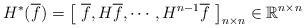
LaTeX: \begin{align*} H^{*}(\overline{f})=\left[ \ \overline{f}, H\overline{f}, \cdots, H^{n-1}\overline{f} \ \right]_{n \times n} \in \mathbb{R}^{n\times n}\end{align*}